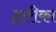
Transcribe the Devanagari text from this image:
द्वारीका